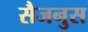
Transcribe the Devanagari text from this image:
सैजनुस